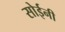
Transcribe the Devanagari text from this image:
सोईनी